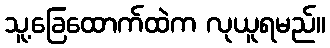
သူ့ခြေထောက်ထဲက လုယူရမည်။